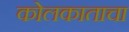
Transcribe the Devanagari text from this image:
कोलकाताचा